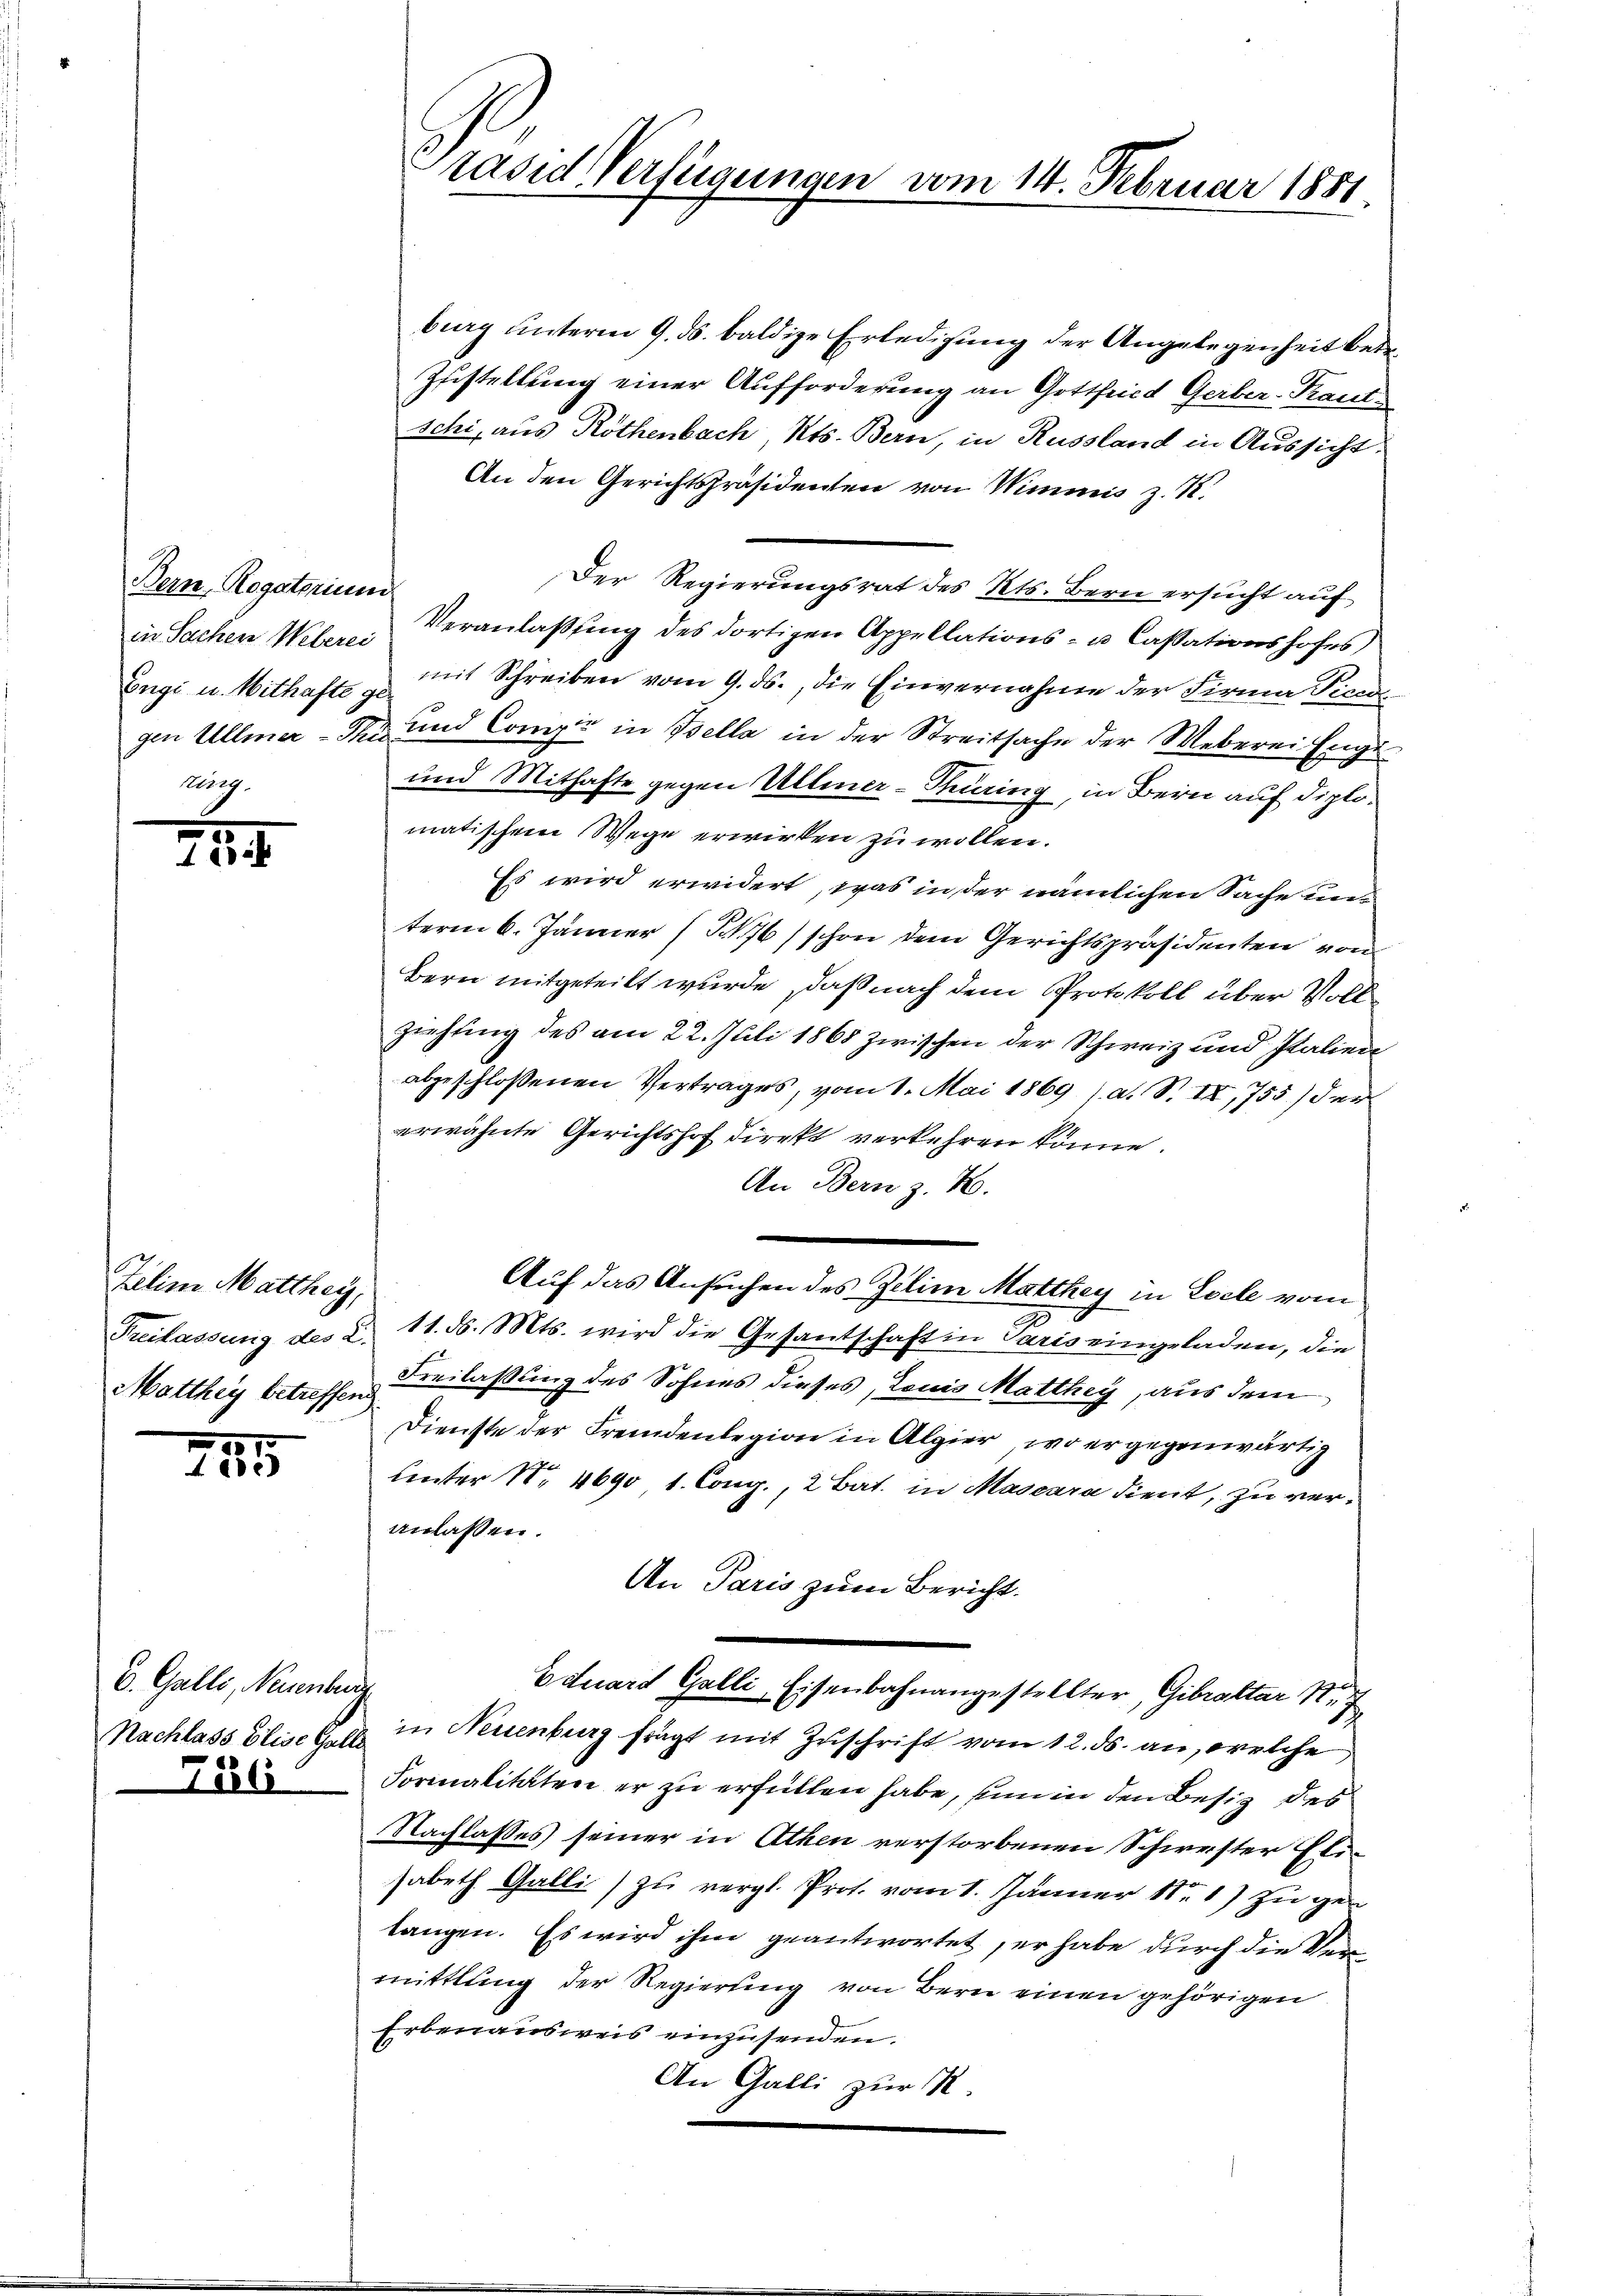
Bern, Rogatorium

.

Jelin Matthey,
Matthey betreffend

745

C. Galle, Neuenber
Tab

räsid. Verfügungen

vom 14. Februar 1881

burg unterm 9. ds. baldige Erledigung der Angelegenheit betr.
Zustellung einer Aufforderung an Gottfried Gerber-Kant
schi, aus Röthenbach, Kts. Bern, in Russland in Aussicht
An den Gerichtspräsidenten von Wimmis z. R.
Der Regierungsrat des Kts. Bern ersucht auf
in Sachen Weber, Veranlaßung des dortigen Appellations- u. Cassationshofes
Engi u. Mithafte zu mit Schreiben vom 9. ds., die Einvernahme der Firma Picu
gen Ullmer- und Comipe in Bella in der Streitsache der Weberei Enge
und Mithafte gegen Ullmer-Thüring, in Bern auf diplomatischem Wege erwirken zu wollen.
Es wird erwidert, was in der nämlichen Sache und
term 6. Jänner (T.176) schon dem Gerichtspräsidenten von
Bern mitgeteilt wurde, daß nach dem Protokoll über Vollziehung des am 22. Juli 1865 zwischen der Schweiz und Italien
abgeschloßenen Vertrages, vom 1. Mai 1869 (a. S. IX, 755) der
erwähnte Gerichtshof direkt verkehren könne.
An Bern z. B.
Auf das Ansuchen des Zelin Matthey in Esele vom
Freilassung des §. 11. d. Mts. wird die Gesantschaft in Paris eingeladen, die
Freilassung des Sohnes dieses, Louis Matthey, aus dem
Dienste der Fremdenlegion in Algier, wo er gegenwärtig
Unter Nr. 4690 1. Cong., 2 Bat. in Mascara dient, zu veranlassen.
An Paris zum Bericht.
Eduard Galli, Eisenbahnangestellter, Gibraltar N. Z.
Nachlass Elise Geld in Neuenburg frägt mit Zuschrift vom 12. ds. an, welche
Formalitäten er zu erfüllen habe, sinn in den Besitz des
Nachlasses seiner in Athen verstorbenen Schwester Elisabeth Galli) zu vergl. Prot. vom 1. Jänner 181) zu gen
tangen. Es wird ihm geantwortet, er habe durch die Vermittlung der Regierung von Bern einen gehörigen
Erbenausweis einzusenden.
An Galli zur R.